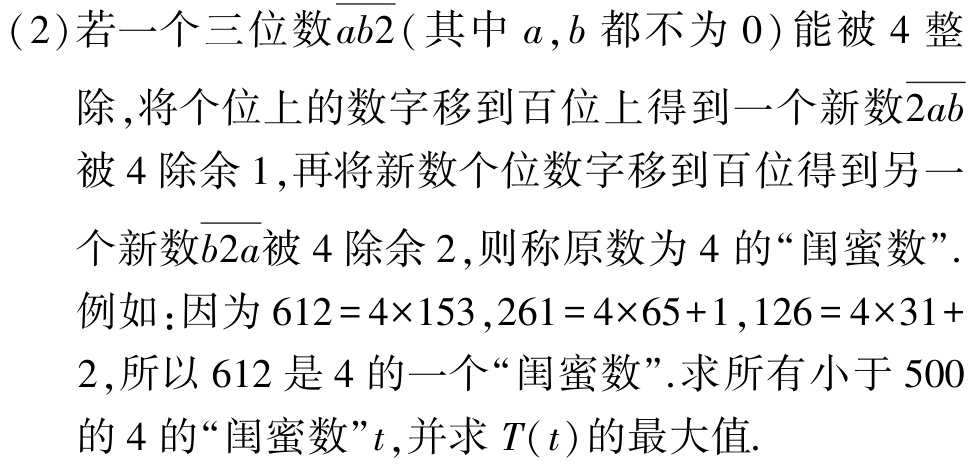
(2)若一个三位数$\overline{ab2}$( 其中$a,b$都不为$0$)能被$4$整
除,将个位上的数字移到百位上得到一个新数$2\overline{ab}$
被$4$除余$1$,再将新数个位数字移到百位得到另一
个新数$\overline{b2a}$被$4$除余$2$,则称原数为$4$的“闺蜜数”.
例如:因为$612 = 4\times153$,$261 = 4\times65 + 1$,$126 = 4\times31+$
$2$,所以$612$是$4$的一个“闺蜜数”.求所有小于$500$
的$4$的“闺蜜数”$t$,并求$T(t)$的最大值.